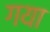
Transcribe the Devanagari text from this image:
गया